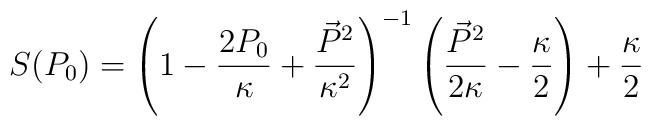
S(P_{0})=\left(1 - \frac{2P_{0}}{\kappa} + \frac{\vec{P}^{2}}{\kappa^{2}}\right)^{-1}  \left(\frac{\vec{P}^{2}}{2\kappa} - \frac{\kappa}{2}\right) + \frac{\kappa}{2}